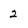
Character: 2